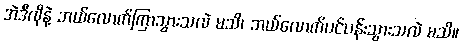
အဲဒီလိုနဲ့ ဘယ်လောက်ကြာသွားသလဲ မသိ၊ ဘယ်လောက်ပင်ပန်းသွားသလဲ မသိ။